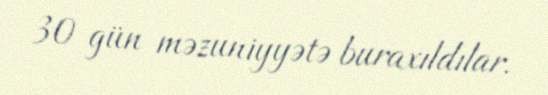
30 gün məzuniyyətə buraxıldılar.